Annual report of the Punjab Veterinary College and of the Civil Veterinary Department, Punjab - 1926-1932
Year: 1926
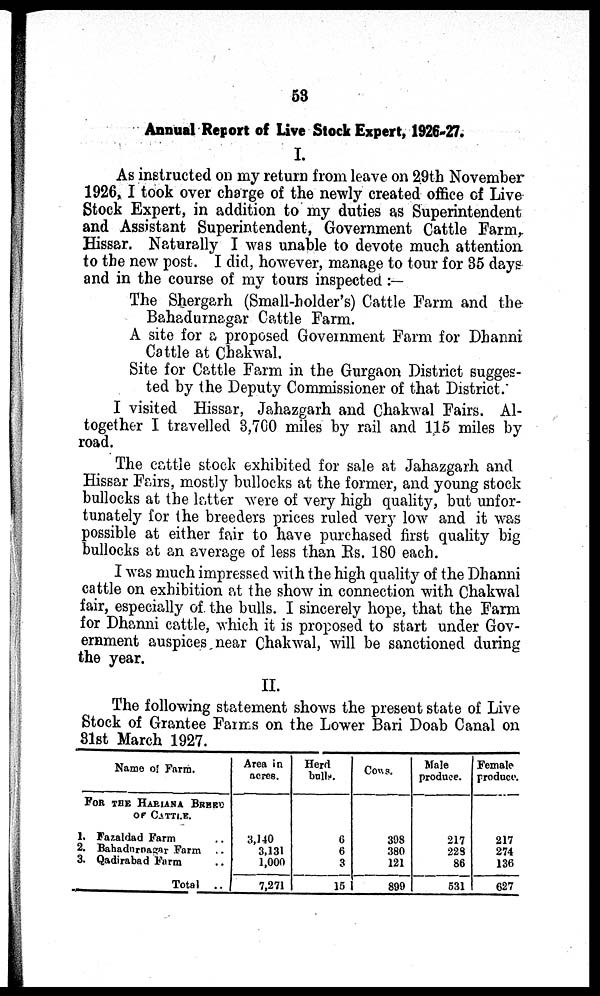
53
Annual Report of Live Stock Expert, 1926-27.
I.
As instructed on my return from leave on 29th November
1926, I took over charge of the newly created office of Live
Stock Expert, in addition to my duties as Superintendent
and Assistant Superintendent, Government Cattle Farm,
Hissar. Naturally I was unable to devote much attention
to the new post. I did, however, manage to tour for 35 days
and in the course of my tours inspected : —
The Shergarh (Small-holder's) Cattle Farm and the
Bahadurnagar Cattle Farm.
A site for a proposed Government Farm for Dhanni
Cattle at Chakwal.
Site for Cattle Farm in the Gurgaon District sugges-
ted by the Deputy Commissioner of that District.
I visited Hissar, Jahazgarh and Chakwal Fairs. Al-
together I travelled 3,700 miles by rail and 115 miles by
road.
The cattle stock exhibited for sale at Jahazgarh and
Hissar Fairs, mostly bullocks at the former, and young stock
bullocks at the latter were of very high quality, but unfor-
tunately for the breeders prices ruled very low and it was
possible at either fair to have purchased first quality big
bullocks at an average of less than Rs. 180 each.
I was much impressed with the high quality of the Dhanni
cattle on exhibition at the show in connection with Chakwal
fair, especially of the bulls. I sincerely hope, that the Farm
for Dhanni cattle, which it is proposed to start under Gov-
ernment auspices near Chakwal, will be sanctioned during
the year.
II.
The following statement shows the present state of Live
Stock of Grantee Farms on the Lower Bari Doab Canal on
31st March 1927.
Name of Farm.
FOR THE HARIANA BREED
OR CATTLE.
1. Fazaldad Farm ..
2. Bahadurnagar Farm
..
3. Qadirabad Farm ..
Total ..
Area in
acres.
3,140
3,131
1,000
7,271
Herd
bulls.
6
6
3
15
Cows.
398
380
121
899
Male
produce.
217
223
86
531
Female
produce.
217
274
136
627